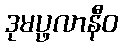
ဒုမပ္ဖလာနီဝ